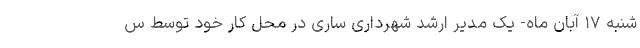
شنبه ۱۷ آبان ماه- یک مدیر ارشد شهرداری ساری در محل کار خود توسط س